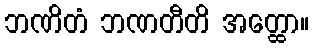
ဘဏိတံ ဘဏတီတိ အတ္ထော။